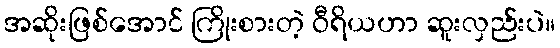
အဆိုးဖြစ်အောင် ကြိုးစားတဲ့ ဝီရိယဟာ ဆူးလှည်းပဲ။